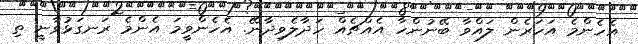
އެހެންމެ އަހަރެން ލައްވާ ބޭނުންހާ އެއްޗެއް ހަދާލެވިދާނޭ. އެހެންވީމަ އެންމެ ރަނގަޅުވާނީ ތި